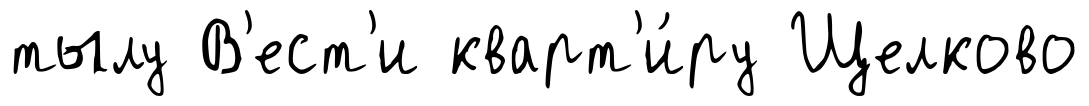
тылу В'ест'и кварт'и́ру Щелково